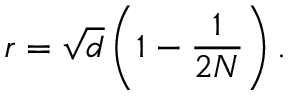
r = \sqrt { d } \left( 1 - \frac { 1 } { 2 N } \right) .